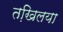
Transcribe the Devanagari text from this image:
तखि़लया